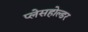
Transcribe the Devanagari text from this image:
प्लेसहोल्डर